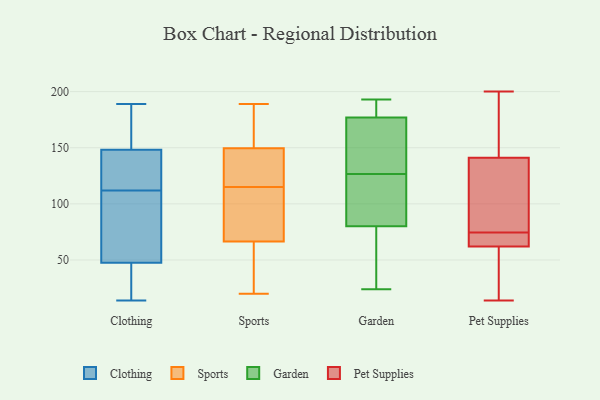
{"axis": {"x": "Market Share (%)", "y": "Value"}, "legend": ["Clothing", "Garden", "Pet Supplies", "Sports"], "data": [{"x": "", "y": 14, "type": "Clothing"}, {"x": "", "y": 163, "type": "Clothing"}, {"x": "", "y": 185, "type": "Clothing"}, {"x": "", "y": 151, "type": "Clothing"}, {"x": "", "y": 102, "type": "Clothing"}, {"x": "", "y": 39, "type": "Clothing"}, {"x": "", "y": 121, "type": "Clothing"}, {"x": "", "y": 112, "type": "Clothing"}, {"x": "", "y": 189, "type": "Clothing"}, {"x": "", "y": 32, "type": "Clothing"}, {"x": "", "y": 22, "type": "Clothing"}, {"x": "", "y": 140, "type": "Clothing"}, {"x": "", "y": 24, "type": "Clothing"}, {"x": "", "y": 73, "type": "Clothing"}, {"x": "", "y": 119, "type": "Clothing"}, {"x": "", "y": 92, "type": "Clothing"}, {"x": "", "y": 89, "type": "Clothing"}, {"x": "", "y": 171, "type": "Clothing"}, {"x": "", "y": 137, "type": "Clothing"}, {"x": "", "y": 158, "type": "Sports"}, {"x": "", "y": 89, "type": "Sports"}, {"x": "", "y": 71, "type": "Sports"}, {"x": "", "y": 20, "type": "Sports"}, {"x": "", "y": 151, "type": "Sports"}, {"x": "", "y": 189, "type": "Sports"}, {"x": "", "y": 50, "type": "Sports"}, {"x": "", "y": 145, "type": "Sports"}, {"x": "", "y": 65, "type": "Sports"}, {"x": "", "y": 56, "type": "Sports"}, {"x": "", "y": 187, "type": "Sports"}, {"x": "", "y": 133, "type": "Sports"}, {"x": "", "y": 107, "type": "Sports"}, {"x": "", "y": 115, "type": "Sports"}, {"x": "", "y": 122, "type": "Sports"}, {"x": "", "y": 177, "type": "Garden"}, {"x": "", "y": 172, "type": "Garden"}, {"x": "", "y": 90, "type": "Garden"}, {"x": "", "y": 192, "type": "Garden"}, {"x": "", "y": 24, "type": "Garden"}, {"x": "", "y": 80, "type": "Garden"}, {"x": "", "y": 42, "type": "Garden"}, {"x": "", "y": 184, "type": "Garden"}, {"x": "", "y": 92, "type": "Garden"}, {"x": "", "y": 161, "type": "Garden"}, {"x": "", "y": 72, "type": "Garden"}, {"x": "", "y": 161, "type": "Garden"}, {"x": "", "y": 193, "type": "Garden"}, {"x": "", "y": 91, "type": "Garden"}, {"x": "", "y": 103, "type": "Pet Supplies"}, {"x": "", "y": 187, "type": "Pet Supplies"}, {"x": "", "y": 62, "type": "Pet Supplies"}, {"x": "", "y": 14, "type": "Pet Supplies"}, {"x": "", "y": 72, "type": "Pet Supplies"}, {"x": "", "y": 171, "type": "Pet Supplies"}, {"x": "", "y": 22, "type": "Pet Supplies"}, {"x": "", "y": 164, "type": "Pet Supplies"}, {"x": "", "y": 67, "type": "Pet Supplies"}, {"x": "", "y": 141, "type": "Pet Supplies"}, {"x": "", "y": 77, "type": "Pet Supplies"}, {"x": "", "y": 124, "type": "Pet Supplies"}, {"x": "", "y": 86, "type": "Pet Supplies"}, {"x": "", "y": 67, "type": "Pet Supplies"}, {"x": "", "y": 69, "type": "Pet Supplies"}, {"x": "", "y": 58, "type": "Pet Supplies"}, {"x": "", "y": 16, "type": "Pet Supplies"}, {"x": "", "y": 200, "type": "Pet Supplies"}]}